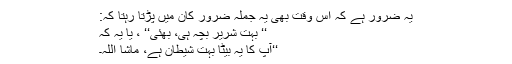
یہ ضرور ہے کہ اس وقت بھی یہ جملہ ضرور کان میں پڑتا رہتا کہ:
‘‘ بہت شریر بچہ ہی، بھئی‘‘ ، یا یہ کہ
‘‘آپ کا یہ بیٹا بہت شیطان ہے، ماشا اللہ۔